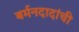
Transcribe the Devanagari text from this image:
बर्मनदादांची